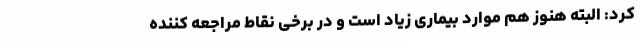
کرد: البته هنوز هم موارد بیماری زیاد است و در برخی نقاط مراجعه کننده